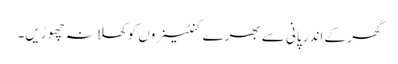
گھر کے اندر پانی سے بھرے کنٹینروں کوکھلا نہ چھوڑیں۔